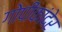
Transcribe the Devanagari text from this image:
गोपीकांदेर